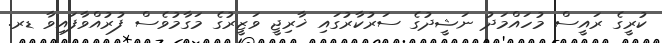
ކުރީގެ ރައީސް މުހައްމަދު ނަޝީދުގެ ސަރުކާރުގައި ޚާރިޖީ ވަޒީރުގެ މަގާމުވެސް ފުރުއްވާފައިވާ ޑރ.